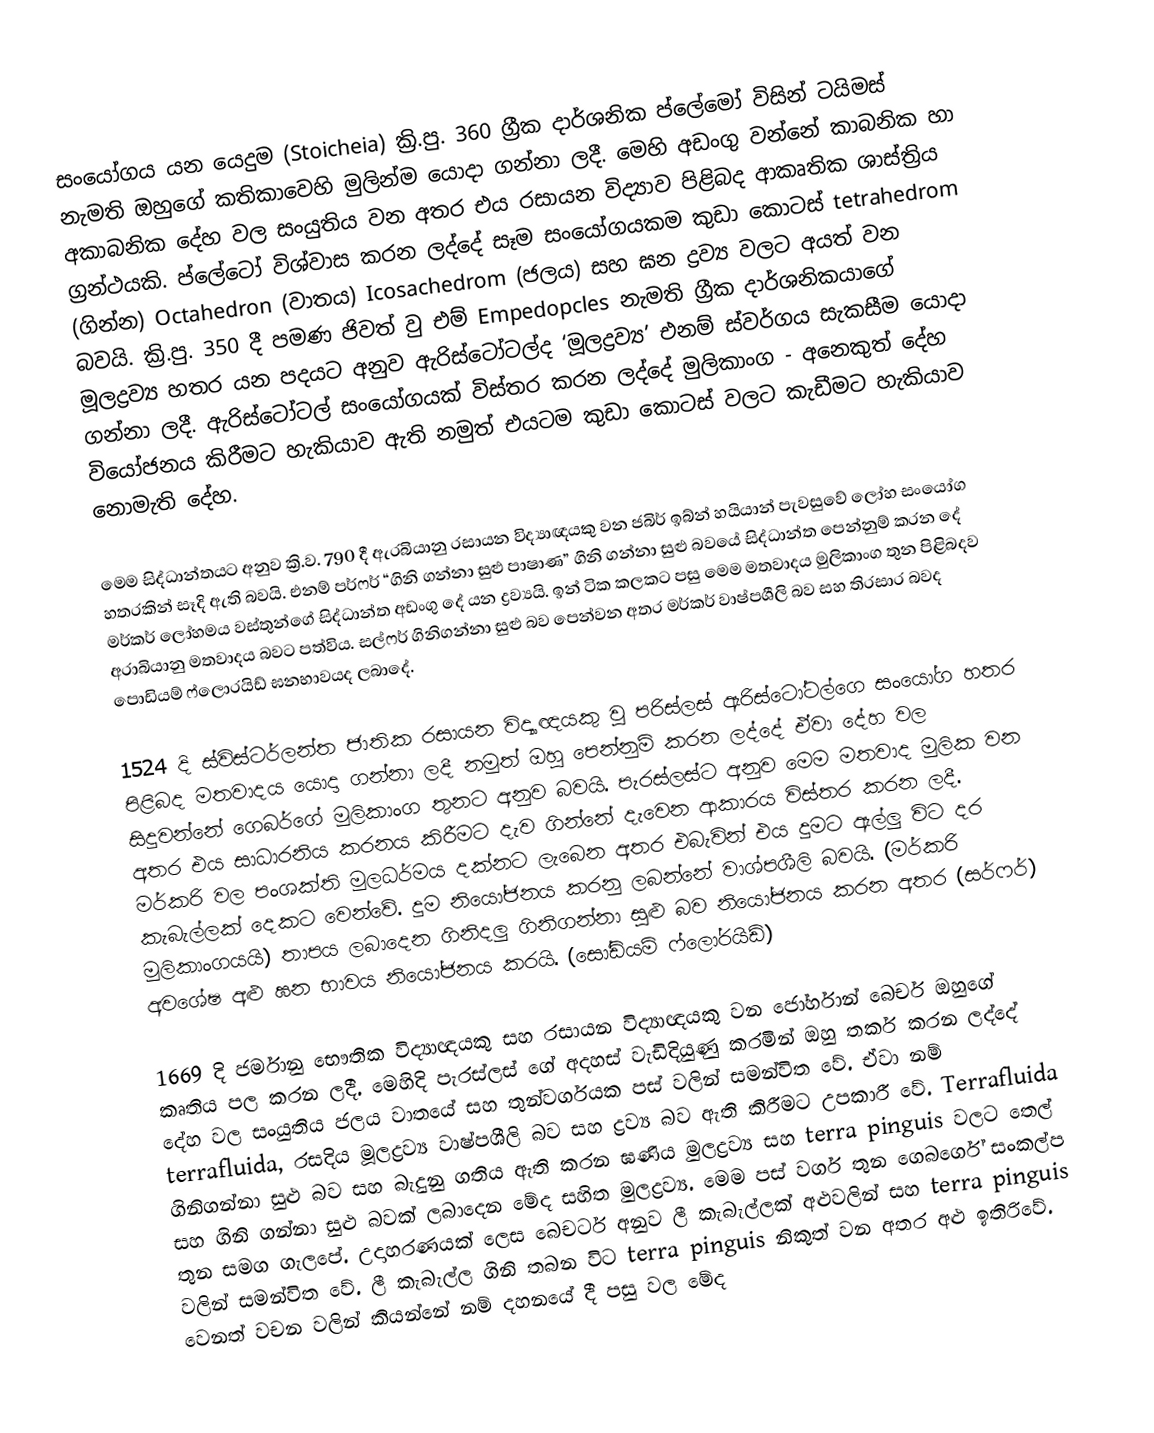
සංයෝගය යන යෙදුම (Stoicheia) ක්‍රි.පු. 360 ග්‍රීක දාර්ශනික ප්ලේමෝ විසින් ටයිමස් නැමති ඔහුගේ කතිකාවෙහි මුලින්ම යොදා ගන්නා ලදී. මෙහි අඩංගු වන්නේ කාබනික හා අකාබනික දේහ වල සංයුතිය වන අතර එය රසායන විද්‍යාව පිළිබද ආකෘතික ශාස්ත්‍රිය ග්‍රන්ථයකි. ප්ලේටෝ විශ්වාස කරන ලද්දේ සෑම සංයෝගයකම කුඩා කොටස් tetrahedrom (ගින්න) Octahedron (වාතය) Icosachedrom (ජලය) සහ ඝන ද්‍රව්‍ය වලට අයත් වන බවයි. ක්‍රි.පු. 350 දී පමණ ජිවත් වු එම් Empedopcles නැමති ග්‍රීක දාර්ශනිකයාගේ මූලද්‍රව්‍ය හතර යන පදයට අනුව ඇරිස්ටෝටල්ද ‘මූලද්‍රව්‍ය’ එනම් ස්වර්ගය සැකසීම යොදා ගන්නා ලදී. ඇරිස්ටෝටල් සංයෝගයක් විස්තර කරන ලද්දේ මුලිකාංග - අනෙකුත් දේහ වියෝජනය කිරීමට හැකියාව ඇති නමුත් එයටම කුඩා කොටස් වලට කැඩීම‍ට හැකියාව නොමැති දේහ.

මෙම සිද්ධාන්තයට අනුව ක්‍රි.ව. 790 දී ඇරබියානු රසායන විද්‍යාඥයකු වන ජබිර් ඉබ්න් හයියාන් පැවසුවේ ලෝහ සංයෝග හතරකින් සෑදි ඇති බවයි. එනම් පර්ෆර් “ගිනි ගන්නා සුළු පාෂාණ” ගිනි ගන්නා සුළු බවයේ සිද්ධාන්ත පෙන්නුම් කරන දේ මර්කර් ලෝහමය වස්තුන්ගේ සිද්ධාන්ත අඩංගු දේ යන ද්‍රව්‍යයි. ඉන් ටික කලකට පසු මෙම මතවාදය මුලිකාංග තුන පිළිබදව අරාබියානු මතවාදය බවට පත්විය. සල්ෆර් ගිනිගන්නා සුළු බව පෙන්වන අතර මර්කර් වාෂ්පශීලි බව සහ තිරසාර බවද පොඩියම් ෆ්ලොරයිඩ් ඝනභාවයද ලබාදේ.

1524 දි ස්විස්ටර්ලන්ත ජාතික රසායන විද්‍යාඥයකු වු පරිස්ලස් ඇරිස්ටෝටල්ගෙ සංයෝග හතර පිළිබද මතවාදය යොදා ගන්නා ලදී නමුත් ඔහු පෙන්නුම් කරන ලද්දේ ඒවා දේහ වල සිදුවන්නේ ගෙබර්ගේ මුලිකාංග තුනට අනුව බවයි. පැරස්ලස්ට අනුව මෙම මතවාද මුලික වන අතර එය සාධාරනිය කරනය කිරීමට දැව ගින්නේ දැවෙන ආකාරය විස්තර කරන ලදී. මර්කරි වල පංශක්ති මුලධර්මය දක්නට ලැබෙන අතර එබැවින් එය දුමට ඇල්ලු විට දර කැබැල්ලක් දෙකට වෙන්වේ. දුම නියෝජනය කරනු ලබන්නේ වාශ්පශීලි බවයි. (මර්කරි මුලිකාංගයයි) තාපය ලබාදෙන ගිනිදලු ගිනිගන්නා සුළු බව නියෝජනය කරන අතර (සර්ෆර්) අවශේෂ අළු ඝන භාවය නියෝජනය කරයි. (සෝඩියම් ෆ්ලෝරයිඩ්)

1669 දි ජර්මානු භෞතික විද්‍යාඥයකු සහ රසායන විද්‍යාඥයකු	 වන ජෝර්හාන් බෙචර් ඔහුගේ කෘතිය පල කරන ලදී. මෙහිදි පැරස්ලස් ගේ අදහස් වැඩිදියුණු කරමින් ඔහු තර්ක කරන ලද්දේ දේහ වල සංයුතිය ජලය වාතයේ සහ තුන්වර්ගයක පස් වලින් සමන්විත වේ. ඒවා නම් terrafluida, රසදිය මූලද්‍රව්‍ය වාෂ්පශීලි බව සහ ද්‍රව්‍ය බව ඇති කිරීමට උපකාරී වේ. Terrafluida ගිනිගන්නා සුළු බව සහ බැදුනු ගතිය ඇති කරන ඝණිය මුලද්‍රව්‍ය සහ terra pinguis වලට තෙල් සහ ගිනි ගන්නා සුළු බවක් ලබාදෙන මේද සහිත මුලද්‍රව්‍ය. මෙම පස් වර්ග තුන ගෙබර්ගේ සංකල්ප තුන සමග ගැලපේ. උදාහරණයක් ලෙස බෙචර්ට අනුව ලී කැබැල්ලක්  අළුවලින් සහ terra pinguis වලින් සමන්විත වේ. ලී කැබැල්ල ගිනි තබන විට terra pinguis  නිකුත් වන අතර අළු ඉතිරිවේ. වෙනත් වචන වලින් කියන්නේ නම් දහනයේ දී පසු වල මේද